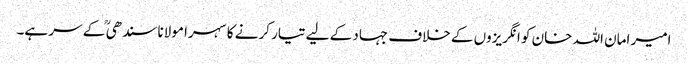
امیر امان اللہ خان کو انگریزوں کے خلاف جہاد کے لیے تیار کرنے کا سہرا مولانا سندھی ؒ کے سر ہے۔